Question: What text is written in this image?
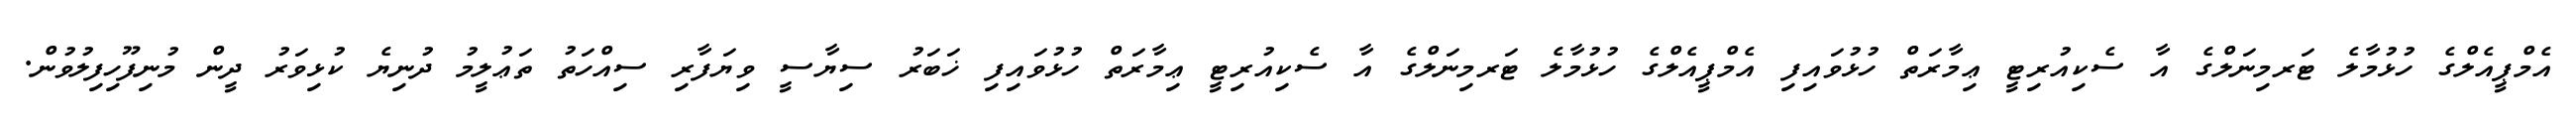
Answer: އެމްޕީއެލްގެ ހުޅުމާލެ ޓަރމިނަލްގެ އާ ސެކިއުރިޓީ ޢިމާރަތް ހުޅުވައިފި އެމްޕީއެލްގެ ހުޅުމާލެ ޓަރމިނަލްގެ އާ ސެކިއުރިޓީ ޢިމާރަތް ހުޅުވައިފި ޚަބަރު ސިޔާސީ ވިޔަފާރި ސިއްހަތު ތަޢުލީމު ދުނިޔެ ކުޅިވަރު ދީން މުނިފޫހިފިލުވުން.